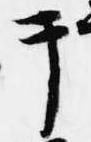
テ